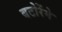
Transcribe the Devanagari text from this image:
बटोरेंगे